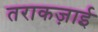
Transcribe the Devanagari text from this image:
तराकज़ाई